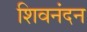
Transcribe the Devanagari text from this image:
शिवनंदन